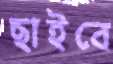
ছাইবে